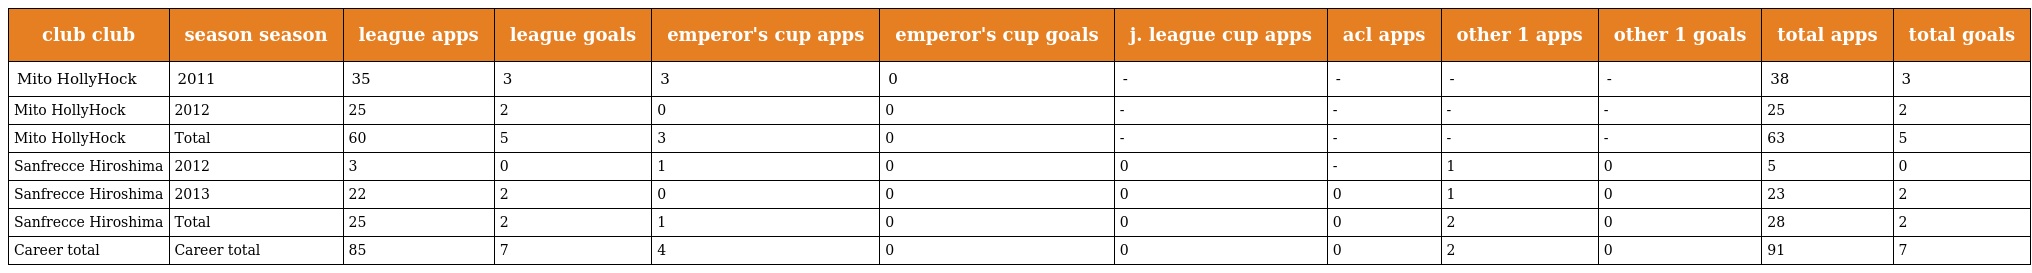
| club club | season season | league apps | league goals | emperor's cup apps | emperor's cup goals | j. league cup apps | acl apps | other 1 apps | other 1 goals | total apps | total goals |
 | --- | --- | --- | --- | --- | --- | --- | --- | --- | --- | --- | --- |
 | Mito HollyHock | 2011 | 35 | 3 | 3 | 0 | - | - | - | - | 38 | 3 |
 | Mito HollyHock | 2012 | 25 | 2 | 0 | 0 | - | - | - | - | 25 | 2 |
 | Mito HollyHock | Total | 60 | 5 | 3 | 0 | - | - | - | - | 63 | 5 |
 | Sanfrecce Hiroshima | 2012 | 3 | 0 | 1 | 0 | 0 | - | 1 | 0 | 5 | 0 |
 | Sanfrecce Hiroshima | 2013 | 22 | 2 | 0 | 0 | 0 | 0 | 1 | 0 | 23 | 2 |
 | Sanfrecce Hiroshima | Total | 25 | 2 | 1 | 0 | 0 | 0 | 2 | 0 | 28 | 2 |
 | Career total | Career total | 85 | 7 | 4 | 0 | 0 | 0 | 2 | 0 | 91 | 7 |